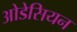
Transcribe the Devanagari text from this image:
ओडेसियन